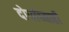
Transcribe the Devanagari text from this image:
दोघांच्‍याही